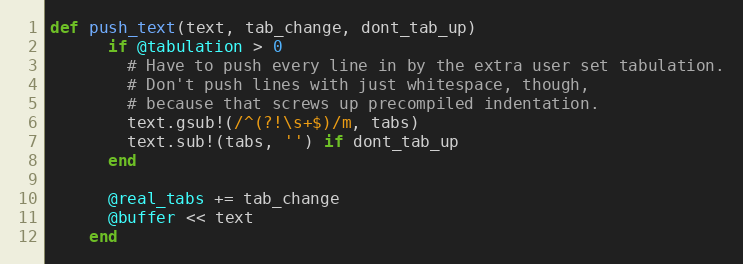
Language: Ruby
def push_text(text, tab_change, dont_tab_up)
      if @tabulation > 0
        # Have to push every line in by the extra user set tabulation.
        # Don't push lines with just whitespace, though,
        # because that screws up precompiled indentation.
        text.gsub!(/^(?!\s+$)/m, tabs)
        text.sub!(tabs, '') if dont_tab_up
      end

      @real_tabs += tab_change
      @buffer << text
    end